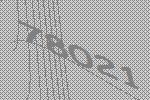
78021